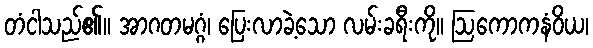
တံငါသည်၏။ အာဂတမဂ္ဂံ၊ ပြေးလာခဲ့သော လမ်းခရီးကို။ ဩကောကနံဝိယ၊